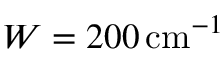
W = 2 0 0 \, \mathrm { c m } ^ { - 1 }